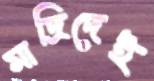
মাদ্রিদেই